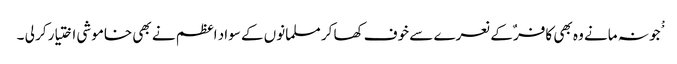
ْْجو نہ مانے وہ بھی کافر ٌکے نعرے سے خوف کھا کر مسلمانوں کے سواد اعظم نے بھی خاموشی اختیار کر لی ۔